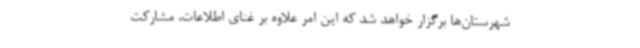
شهرستان‌ها برگزار خواهد شد که این امر علاوه بر غنای اطلاعات، مشارکت